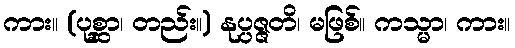
ကား။ (ပုစ္ဆာ၊ တည်း။) နုပ္ပဇ္ဇတိ၊ မဖြစ်။ ကသ္မာ၊ ကား။